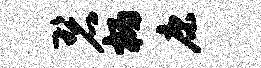
碧柄康